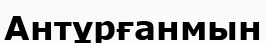
Антұрғанмын